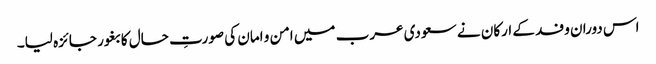
اس دوران وفد کے ارکان نے سعودی عرب میں امن و امان کی صورتِ حال کا بغور جائزہ لیا۔